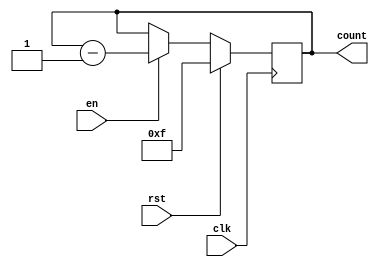
module binary_down_counter(
    input wire clk,
    input wire rst,
    input wire en,
    output reg [3:0] count
);

always @(posedge clk) begin
    if (rst) begin
        count <= 4'b1111;  // Initial value
    end else begin
        if (en) begin
            count <= count - 1;
        end
    end
end

endmodule